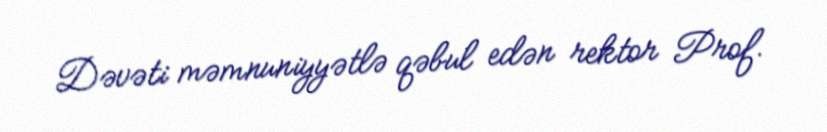
Dəvəti məmnuniyyətlə qəbul edən rektor Prof.